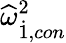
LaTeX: {\widehat{\omega}}_{\dot{1},con}^{2}